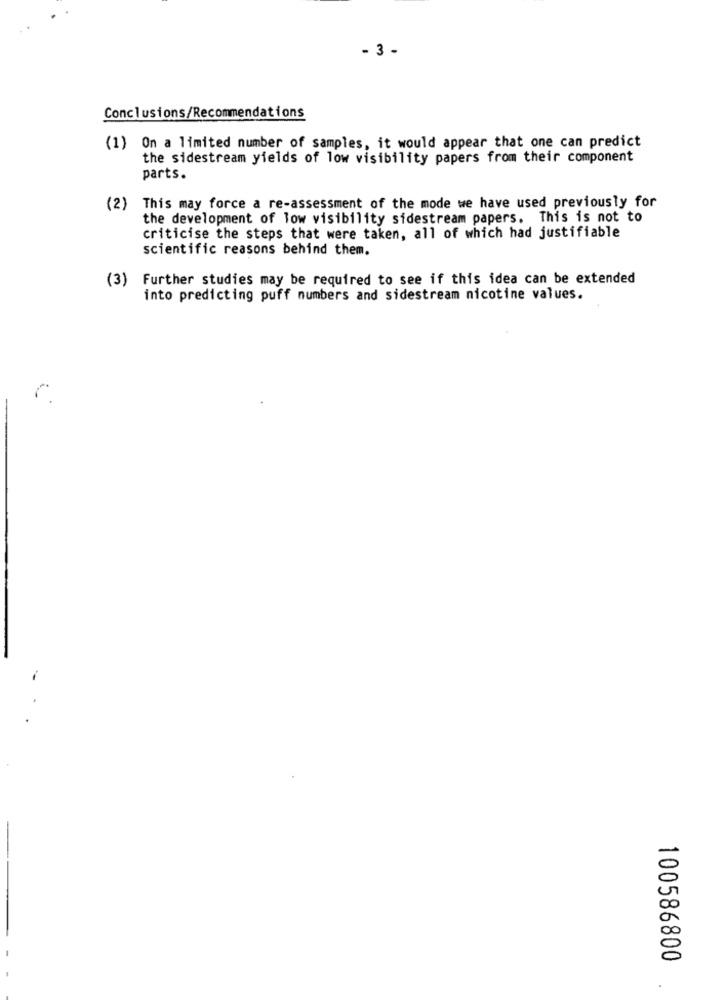
- 3 -
Conclusions/Recommendations
(1) On a limited number of samples, it would appear that one can predict
the sidestream yields of low visibility papers from their component
parts.
(2) This may force a re-assessment of the mode we have used previously for
the development of low visibility sidestream papers. This is not to
criticise the steps that were taken, all of which had justifiable
scientific reasons behind them.
(3) Further studies may be required to see if this idea can be extended
into predicting puff numbers and sidestream nicotine values.
100586800